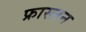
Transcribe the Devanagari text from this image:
फ्रास्लन